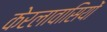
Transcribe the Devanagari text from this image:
केरलावासियों